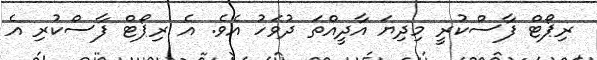
ރިޕޯޓް ފާސްކުރީ މިދިޔަ އާދީއްތަ ދުވަހު އެވެ. އެ ރިޕޯޓް ފާސްކުރި އެ